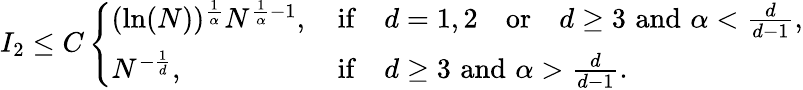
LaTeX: I_{2}\leq C\left\{ \begin{array}{ll}{(\ln(N))^{\frac{1}{\alpha}}N^{\frac{1}{\alpha}-1},\, }&{\mathrm{if}\quad d=1,2\quad\mathrm{or}\quad d\geq 3\, \, \mathrm{and}\, \, \alpha<\frac{d}{d-1},}\\ {N^{-\frac 1d},\, }&{\mathrm{if}\quad d\geq 3\, \, \mathrm{and}\, \, \alpha>\frac{d}{d-1}.}\end{array}\right.